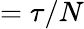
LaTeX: =\tau/N